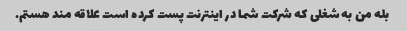
بله من به شغلی که شرکت شما در اینترنت پست کرده است علاقه مند هستم.